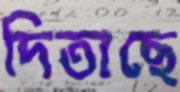
দিতাছে